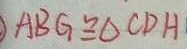
A B G \cong \Delta C D H